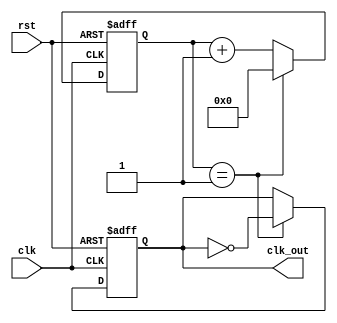
module ClockDivider #(parameter DIV_FACTOR = 2, parameter WIDTH = 4) (
    input wire clk,
    input wire rst,
    output reg clk_out
);

    // Counter variable
    reg [WIDTH-1:0] counter;

    // Always block triggered on the rising edge of the clock or on reset
    always @(posedge clk or posedge rst) begin
        if (rst) begin
            // Asynchronous reset
            counter <= 0;
            clk_out <= 0;
        end else begin
            // Increment counter
            if (counter == DIV_FACTOR - 1) begin
                // Reset counter and toggle clk_out
                counter <= 0;
                clk_out <= ~clk_out;
            end else begin
                // Increment the counter
                counter <= counter + 1;
            end
        end
    end

endmodule